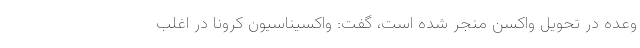
وعده در تحویل واکسن منجر شده است، گفت: واکسیناسیون کرونا در اغلب